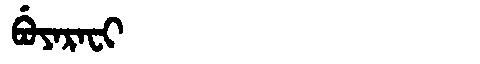
Manchu: ᠪᡠᠶᠠᡵᠠᠸᡳ
Romanization: BUYARAFI